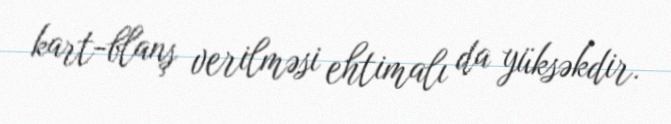
kart-blanş verilməsi ehtimalı da yüksəkdir.